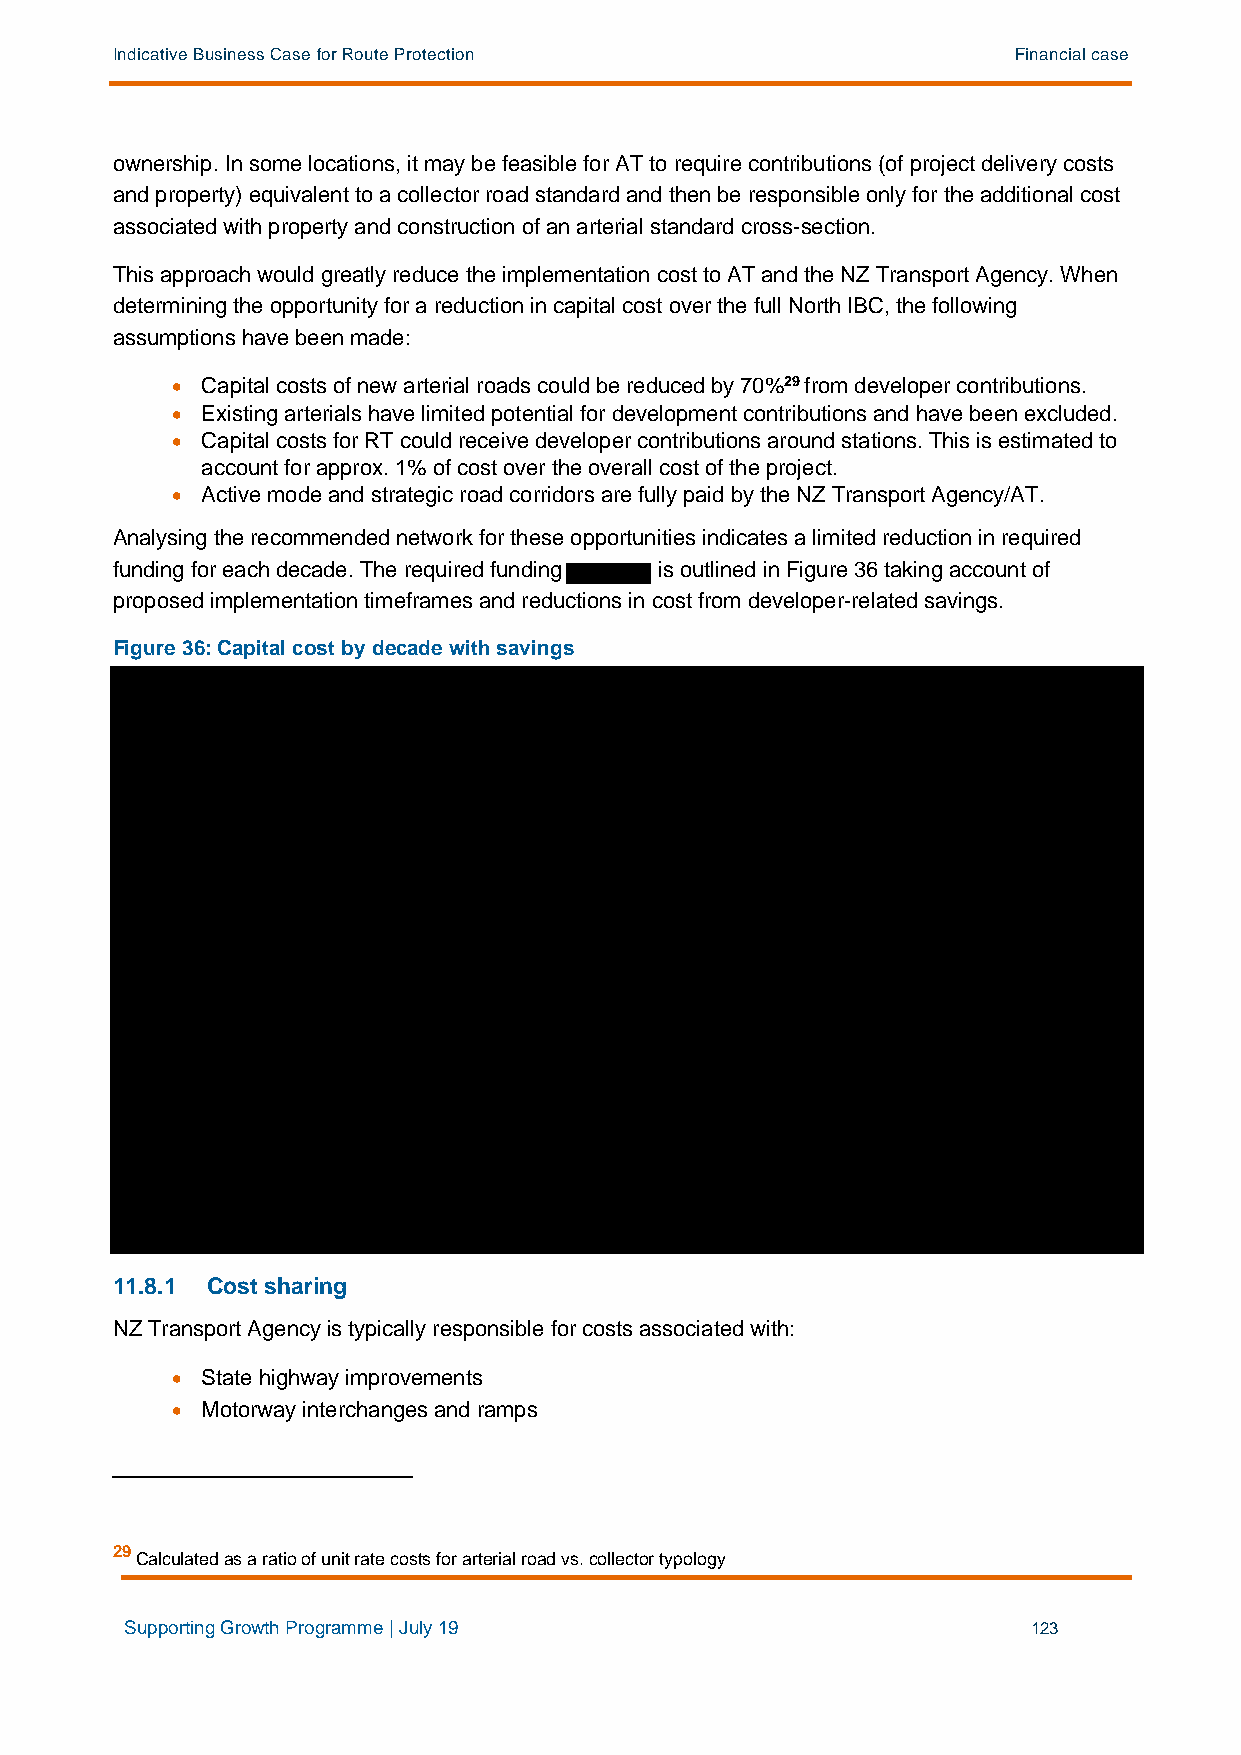
Indicative Business Case for Route Protection               Financial case
 ownership. In some locations, it may be feasible for AT to require contributions (of project delivery costs
 and property) equivalent to a collector road standard and then be responsible only for the additional cost
 associated with property and construction of an arterial standard cross-section.
 This approach would greatly reduce the implementation cost to AT and the NZ Transport Agency. When
 determining the opportunity for a reduction in capital cost over the full North IBC, the following
 assumptions have been made:
 • Capital costs of new arterial roads could be reduced by 70%29 from developer contributions.
 • Existing arterials have limited potential for development contributions and have been excluded.
 • Capital costs for RT could receive developer contributions around stations. This is estimated to
 account for approx. 1% of cost over the overall cost of the project.
 • Active mode and strategic road corridors are fully paid by the NZ Transport Agency/AT.
 Analysing the recommended network for these opportunities indicates a limited reduction in required
 funding for each decade. The required funding is outlined in Figure 36 taking account of
 proposed implementation timeframes and reductions in cost from developer-related savings.
 Figure 36: Capital cost by decade with savings
 11.8.1 Cost sharing
 NZ Transport Agency is typically responsible for costs associated with:
 • State highway improvements
 • Motorway interchanges and ramps
 29
 Calculated as a ratio of unit rate costs for arterial road vs. collector typology
 Supporting Growth Programme | July 19                       123